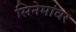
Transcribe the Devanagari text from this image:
सिनेमांवर